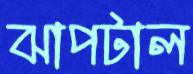
ঝাপটাল